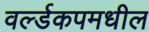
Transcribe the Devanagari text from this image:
वर्ल्डकपमधील